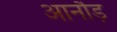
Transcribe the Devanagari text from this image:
आनौड़